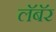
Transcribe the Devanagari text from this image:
लॅबॅर